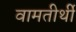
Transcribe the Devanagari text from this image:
वामतीर्थी